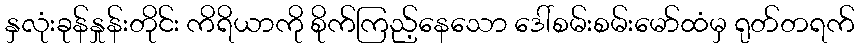
နှလုံးခုန်နှုန်းတိုင်း ကိရိယာကို စိုက်ကြည့်နေသော ဒေါ်စမ်းစမ်းမော်ထံမှ ရုတ်တရက်